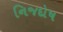
નિજદોષ